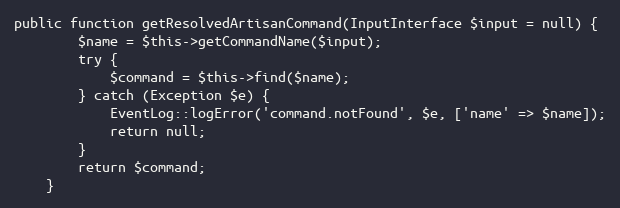
Language: PHP
public function getResolvedArtisanCommand(InputInterface $input = null) {
        $name = $this->getCommandName($input);
        try {
            $command = $this->find($name);
        } catch (Exception $e) {
            EventLog::logError('command.notFound', $e, ['name' => $name]);
            return null;
        }
        return $command;
    }